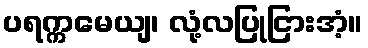
ပရက္ကမေယျ၊ လုံ့လပြုငြားအံ့။